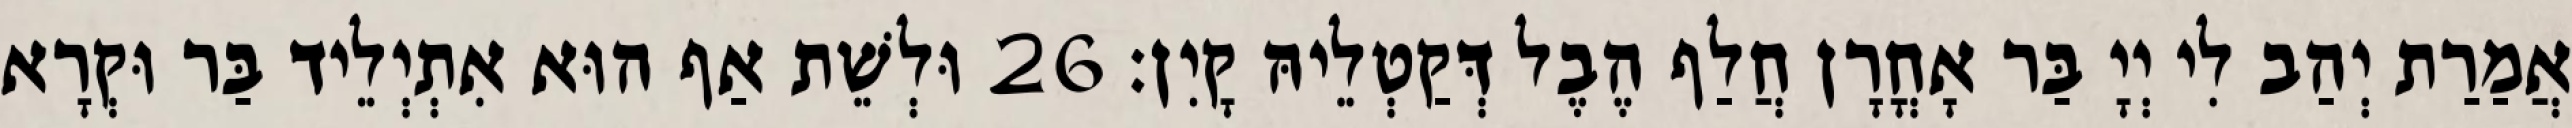
אֲמַרַת יְהַב לִי יְיָ בַּר אָחֳרָן חֲלַף הֶבֶל דְּקַטְלֵיהּ קָיִן׃ 26 וּלְשֵׁת אַף הוּא אִתְיְלֵיד בַּר וּקְרָא